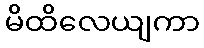
မိထိလေယျကာ